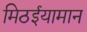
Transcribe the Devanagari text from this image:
मिठईयामान